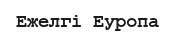
Ежелгі Еуропа